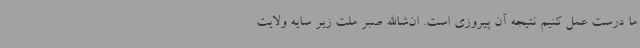
ما درست عمل کنیم نتیجه آن پیروزی است. ان‌شاالله صبر ملت زیر سایه ولایت